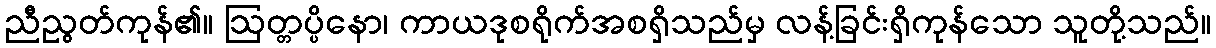
ညီညွတ်ကုန်၏။ ဩတ္တပ္ပိနော၊ ကာယဒုစရိုက်အစရှိသည်မှ လန့်ခြင်းရှိကုန်သော သူတို့သည်။